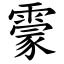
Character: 霥